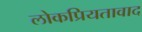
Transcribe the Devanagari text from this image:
लोकप्रियतावाद